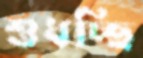
শুধচ্ছি